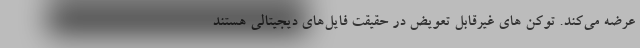
عرضه می‌کند. توکن های غیرقابل تعویض در حقیقت فایل‌های دیجیتالی هستند